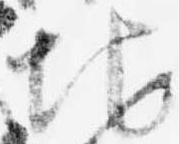
地